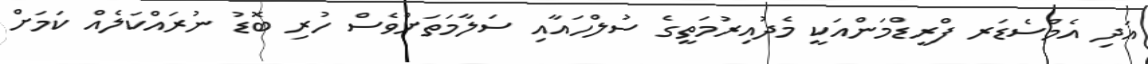
އަދި އެމްސެޑަރ ފްރީޑްމަންއަކީ މެދުއިރުމަތީގެ ސުލްހައާއި ސަލާމަތަށްވެސް ހުރި ބޮޑު ނުރައްކަލެއް ކަމަށް